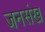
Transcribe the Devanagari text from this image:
जनसंख